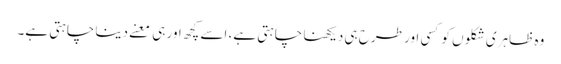
وہ ظاہری شکلوں کو کسی اور طرح ہی دیکھنا چاہتی ہے، اسے کچھ اور ہی معنے دینا چاہتی ہے۔